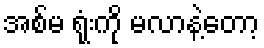
အစ်မ ရုံးကို မလာနဲ့တော့